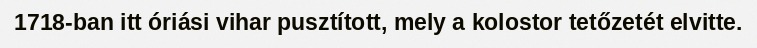
1718-ban itt óriási vihar pusztított, mely a kolostor tetőzetét elvitte.